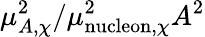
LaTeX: \mu_{A,\chi}^{2}/\mu_{\mathrm{nucleon},\chi}^{2}A^{2}